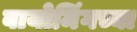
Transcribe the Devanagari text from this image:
वायोमिंगच्या